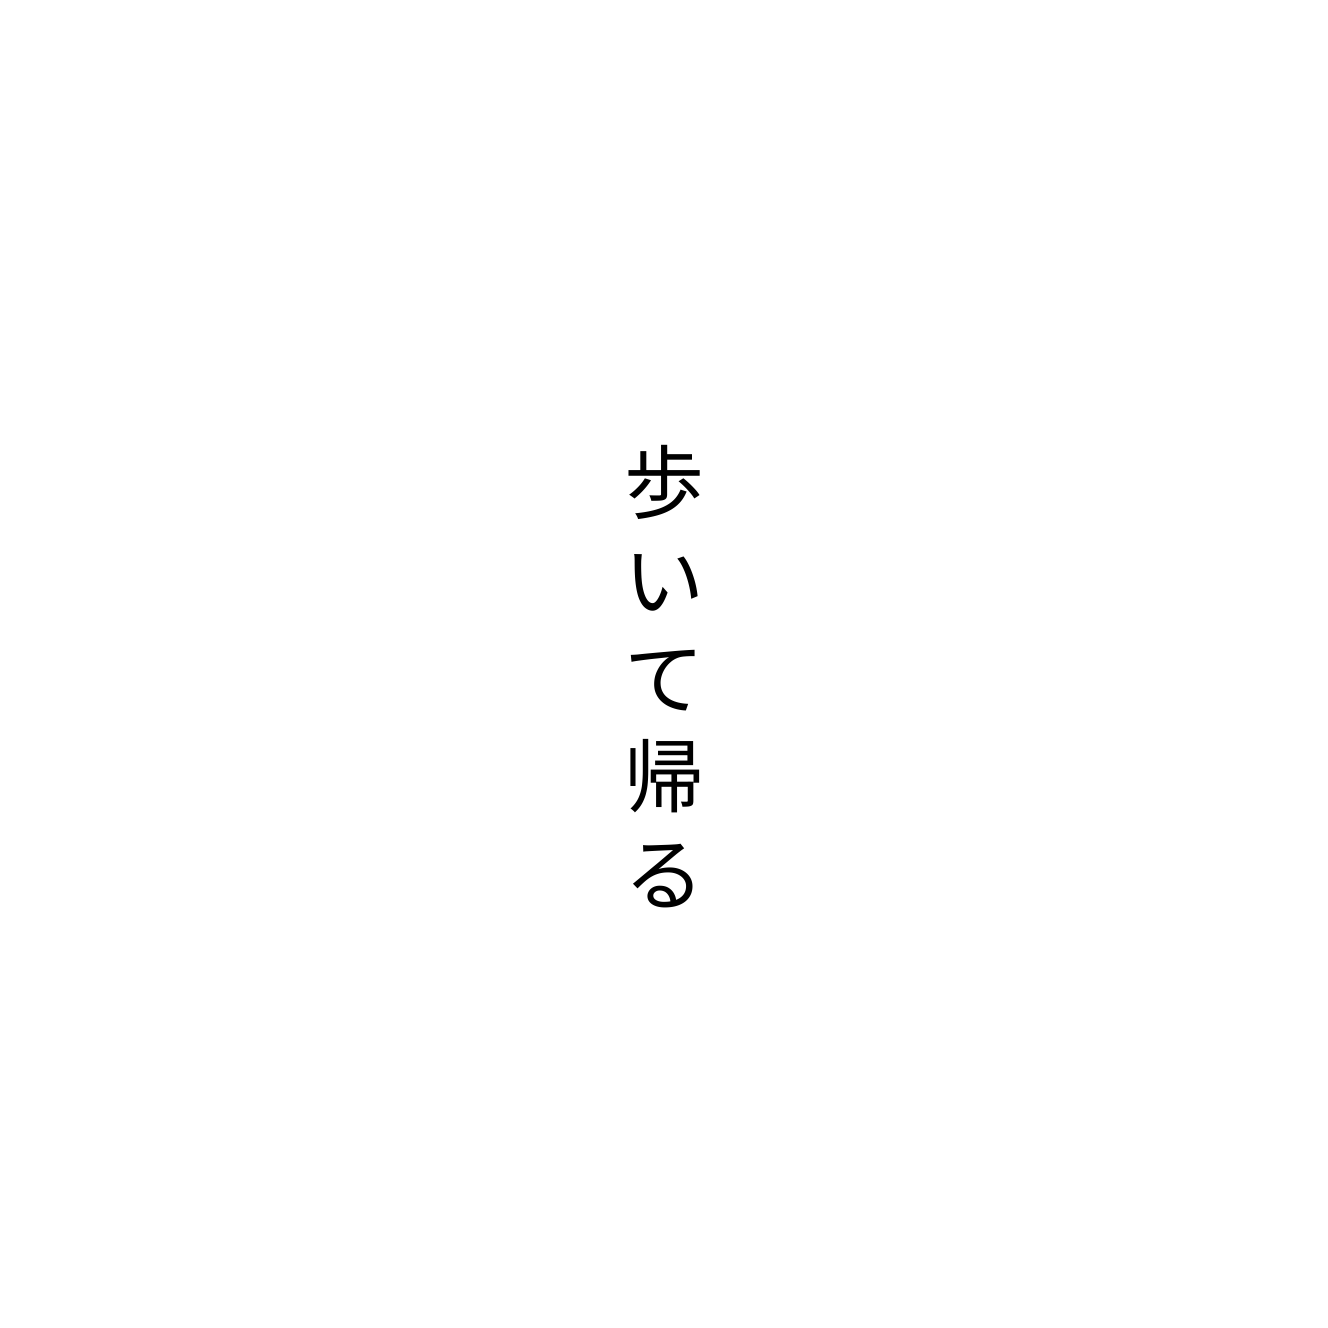
歩いて帰る